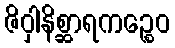
ဇိဝှါနိစ္ဆာရကဉ္စေဝ